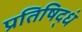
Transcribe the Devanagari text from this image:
प्रतिषिद्धं